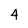
Character: 4